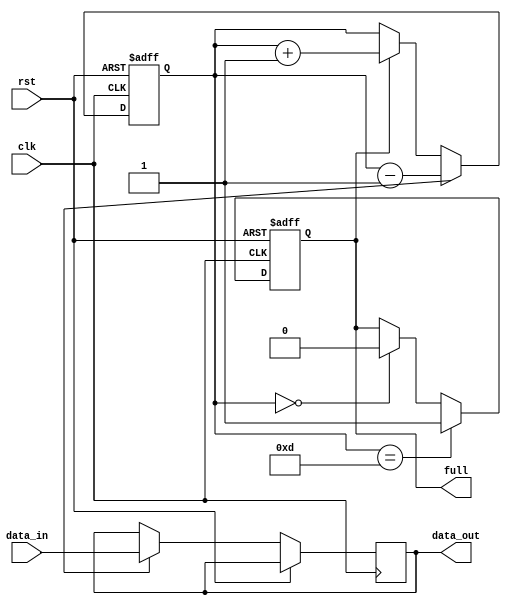
module Almost_Full_FIFO (
    input wire clk,       // Clock input
    input wire rst,       // Reset input
    
    input wire data_in,   // Data input
    output reg data_out,  // Data output
    
    output reg full,      // Flag indicating buffer is almost full
);

reg [3:0] count;          // Counter to keep track of buffer occupancy

always @(posedge clk or posedge rst) begin
    if (rst) begin
        count <= 0;
        full <= 0;
    end else begin
        if (count == 13) begin // 13 is the almost full threshold
            full <= 1;
        end else if (count == 0) begin
            full <= 0;
        end
        
        // Data storage logic
        if (full) begin
            // Buffer almost full, store incoming data
            count <= count + 1;
        end
        
        // Data retrieval logic
        if (data_out_sync_ready) begin
            // Output synchronized with clock, retrieve data
            data_out <= data_in;
            count <= count - 1;
        end
    end
end

endmodule